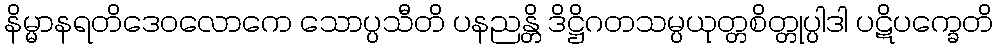
နိမ္မာနရတိဒေဝလောကေ သောပ္ပသီတိ ပနညန္တိ ဒိဋ္ဌိဂတသမ္ပယုတ္တစိတ္တုပ္ပါဒါ ပဋိပက္ခေတိ